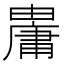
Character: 𤰋